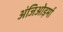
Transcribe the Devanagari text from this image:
अंजिओड़र्मा